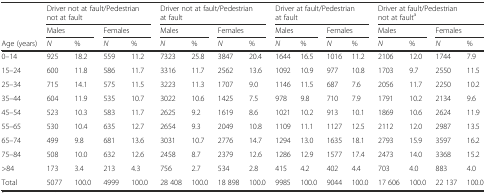
<table><thead><tr><td></td><td colspan="4"><b>Driver not at fault/Pedestrian not at fault</b></td><td colspan="4"><b>Driver not at fault/Pedestrian at fault</b></td><td colspan="4"><b>Driver at fault/Pedestrian at fault</b></td><td colspan="4"><b>Driver at fault/Pedestrian not at fault<sup>a</sup></b></td></tr><tr><td></td><td colspan="2"><b>Males</b></td><td colspan="2"><b>Females</b></td><td colspan="2"><b>Males</b></td><td colspan="2"><b>Females</b></td><td colspan="2"><b>Males</b></td><td colspan="2"><b>Females</b></td><td colspan="2"><b>Males</b></td><td colspan="2"><b>Females</b></td></tr><tr><td><b>Age (years)</b></td><td><b><i>N</i></b></td><td><b>%</b></td><td><b><i>N</i></b></td><td><b>%</b></td><td><b><i>N</i></b></td><td><b>%</b></td><td><b><i>N</i></b></td><td><b>%</b></td><td><b><i>N</i></b></td><td><b>%</b></td><td><b><i>N</i></b></td><td><b>%</b></td><td><b><i>N</i></b></td><td><b>%</b></td><td><b><i>N</i></b></td><td><b>%</b></td></tr></thead><tbody><tr><td>0–14</td><td>925</td><td>18.2</td><td>559</td><td>11.2</td><td>7323</td><td>25.8</td><td>3847</td><td>20.4</td><td>1644</td><td>16.5</td><td>1016</td><td>11.2</td><td>2106</td><td>12.0</td><td>1744</td><td>7.9</td></tr><tr><td>15–24</td><td>600</td><td>11.8</td><td>586</td><td>11.7</td><td>3316</td><td>11.7</td><td>2562</td><td>13.6</td><td>1092</td><td>10.9</td><td>977</td><td>10.8</td><td>1703</td><td>9.7</td><td>2550</td><td>11.5</td></tr><tr><td>25–34</td><td>715</td><td>14.1</td><td>575</td><td>11.5</td><td>3223</td><td>11.3</td><td>1707</td><td>9.0</td><td>1146</td><td>11.5</td><td>687</td><td>7.6</td><td>2056</td><td>11.7</td><td>2250</td><td>10.2</td></tr><tr><td>35–44</td><td>604</td><td>11.9</td><td>535</td><td>10.7</td><td>3022</td><td>10.6</td><td>1425</td><td>7.5</td><td>978</td><td>9.8</td><td>710</td><td>7.9</td><td>1791</td><td>10.2</td><td>2134</td><td>9.6</td></tr><tr><td>45–54</td><td>523</td><td>10.3</td><td>583</td><td>11.7</td><td>2625</td><td>9.2</td><td>1619</td><td>8.6</td><td>1021</td><td>10.2</td><td>913</td><td>10.1</td><td>1869</td><td>10.6</td><td>2624</td><td>11.9</td></tr><tr><td>55–65</td><td>530</td><td>10.4</td><td>635</td><td>12.7</td><td>2654</td><td>9.3</td><td>2049</td><td>10.8</td><td>1109</td><td>11.1</td><td>1127</td><td>12.5</td><td>2112</td><td>12.0</td><td>2987</td><td>13.5</td></tr><tr><td>65–74</td><td>499</td><td>9.8</td><td>681</td><td>13.6</td><td>3031</td><td>10.7</td><td>2776</td><td>14.7</td><td>1294</td><td>13.0</td><td>1635</td><td>18.1</td><td>2793</td><td>15.9</td><td>3597</td><td>16.2</td></tr><tr><td>75–84</td><td>508</td><td>10.0</td><td>632</td><td>12.6</td><td>2458</td><td>8.7</td><td>2379</td><td>12.6</td><td>1286</td><td>12.9</td><td>1577</td><td>17.4</td><td>2473</td><td>14.0</td><td>3368</td><td>15.2</td></tr><tr><td>&gt;84</td><td>173</td><td>3.4</td><td>213</td><td>4.3</td><td>756</td><td>2.7</td><td>534</td><td>2.8</td><td>415</td><td>4.2</td><td>402</td><td>4.4</td><td>703</td><td>4.0</td><td>883</td><td>4.0</td></tr><tr><td>Total</td><td>5077</td><td>100.0</td><td>4999</td><td>100.0</td><td>28 408</td><td>100.0</td><td>18 898</td><td>100.0</td><td>9985</td><td>100.0</td><td>9044</td><td>100.0</td><td>17 606</td><td>100.0</td><td>22 137</td><td>100.0</td></tr></tbody></table>